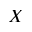
X